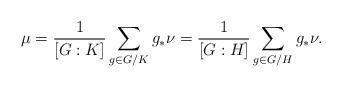
LaTeX: \begin{align*} \mu = \frac{1}{\left[G:K\right]} \sum_{g\in G/K} g_* \nu = \frac{1}{\left[G:H\right]} \sum_{g\in G/H} g_* \nu.\end{align*}